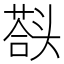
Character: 𰋱